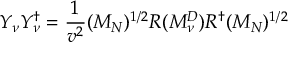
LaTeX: Y _ { \nu } Y _ { \nu } ^ { \dagger } = \frac { 1 } { v ^ { 2 } } ( M _ { N } ) ^ { 1 / 2 } R ( { \cal M } _ { \nu } ^ { D } ) R ^ { \dagger } ( M _ { N } ) ^ { 1 / 2 }